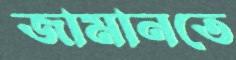
জামানতে